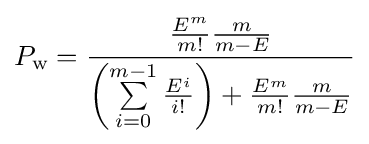
P_{\text{w}}={{{\frac {E^{m}}{m!}}{\frac {m}{m-E}}} \over \left(\sum \limits _{i=0}^{m-1}{\frac {E^{i}}{i!}}\right)+{\frac {E^{m}}{m!}}{\frac {m}{m-E}}}